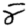
Digit: 8